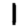
Digit: 1